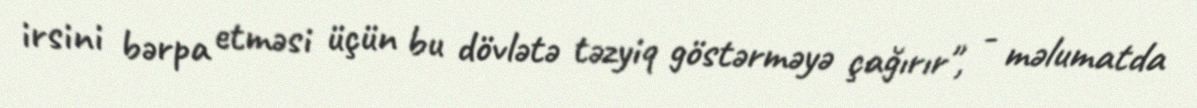
irsini bərpa etməsi üçün bu dövlətə təzyiq göstərməyə çağırır", - məlumatda